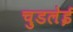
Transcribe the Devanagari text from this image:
चुडलेई